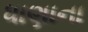
ધાણાના